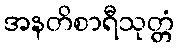
အနတိစာရီသုတ္တံ